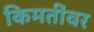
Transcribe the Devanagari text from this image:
किमतींवर